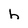
Character: h